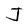
Character: J